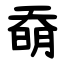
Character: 奣